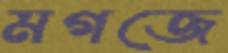
মগজে